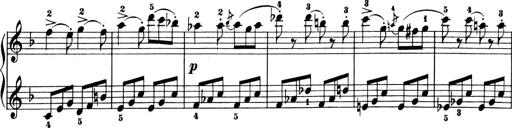
Title: 6 Piano Sonatinas
Composer: Cornelius Gurlitt